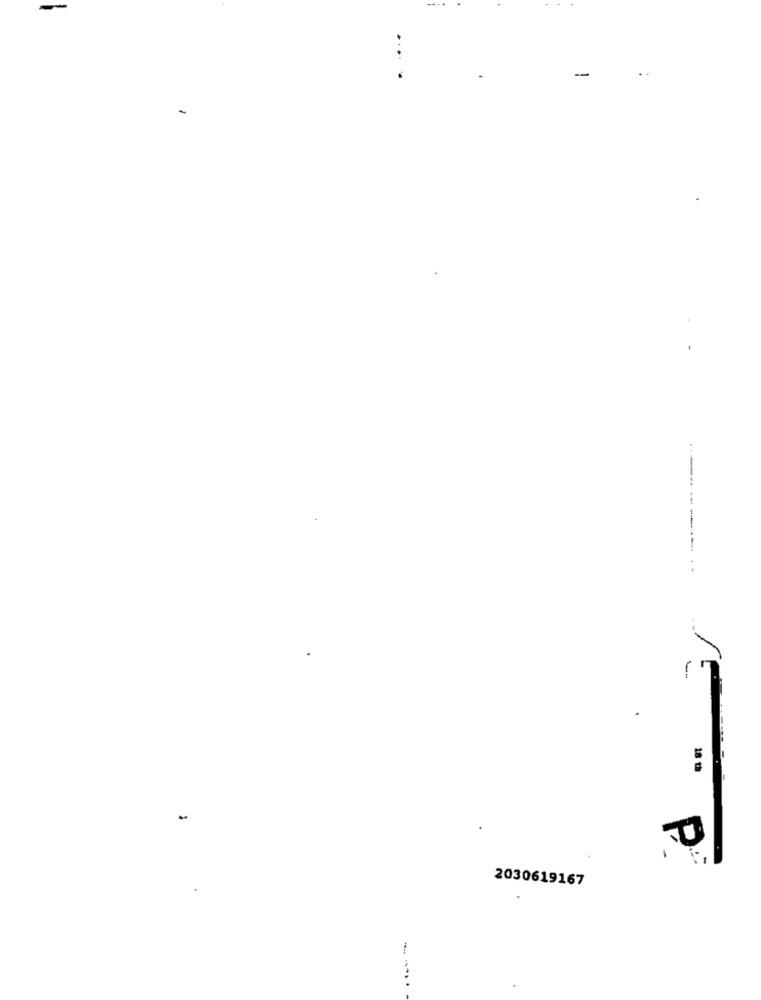
--------- .-
18 th
P
2030619167
--..